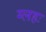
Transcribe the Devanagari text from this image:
ग्लहः